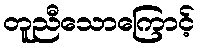
တူညီသောကြောင့်